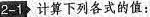
2-1计算下列各式的值：